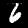
Label: 6